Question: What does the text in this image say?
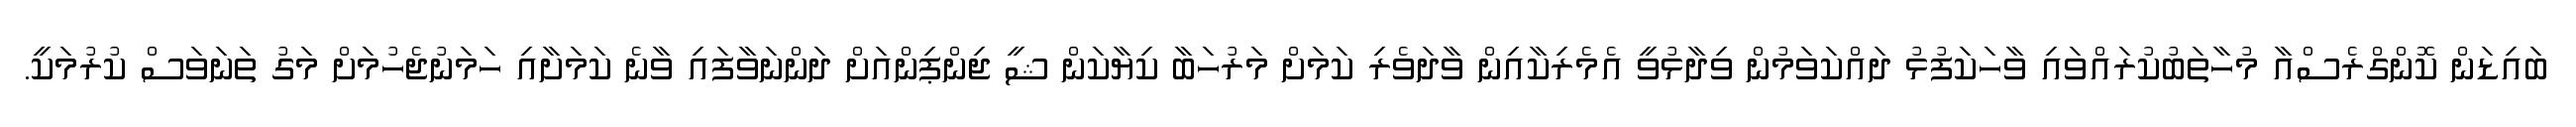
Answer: ބައިޑަން ކޮންގްރެސްއާ މުހާތަބުކުރައްވައި ވާހަކަފުޅު ދައްކަވަމުން ވިދާޅުވީ އެމެރިކާއިން ވާދަވެރި ކަމަށް މަރުހަބާ ކިޔާކަން ޝީ ޖިންޕިންއަށް ދަންނަވާފައި ވާނެ ކަމަށާއި ހަމަނުޖެހުމަށް މަގު ތަނަވަސް ކުރުމަކީ.